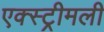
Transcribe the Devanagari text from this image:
एक्स्ट्रीमली